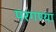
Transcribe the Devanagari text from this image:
परगण्या